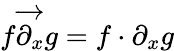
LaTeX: f{\overrightarrow{\partial_{x}}}g=f\cdot\partial_{x}g